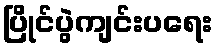
ပြိုင်ပွဲကျင်းပရေး